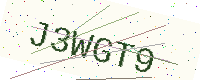
Text: J3WGT9